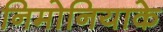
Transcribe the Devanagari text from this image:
निमोनियाके